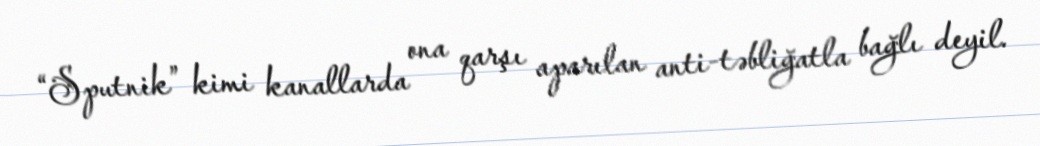
“Sputnik” kimi kanallarda ona qarşı aparılan anti-təbliğatla bağlı deyil.